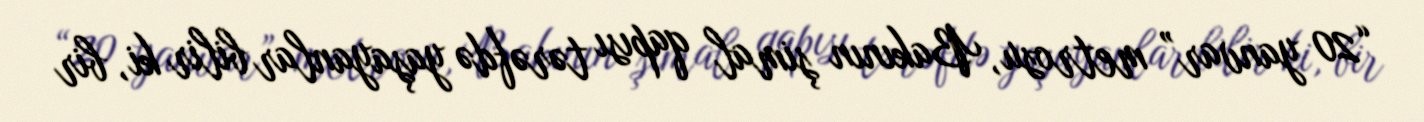
“20 yanvar” metrosu, Bakının şimal qapısı tərəfdə yaşayanlar bilir ki, bir